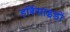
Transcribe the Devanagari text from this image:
हर्बिसाइडों